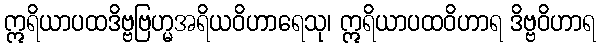
ဣရိယာပထဒိဗ္ဗဗြဟ္မအရိယဝိဟာရေသု၊ ဣရိယာပထဝိဟာရ ဒိဗ္ဗဝိဟာရ